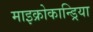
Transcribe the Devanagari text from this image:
माइक्रोकान्ड्रिया